Report of the King Institute of Preventive Medicine, Guindy
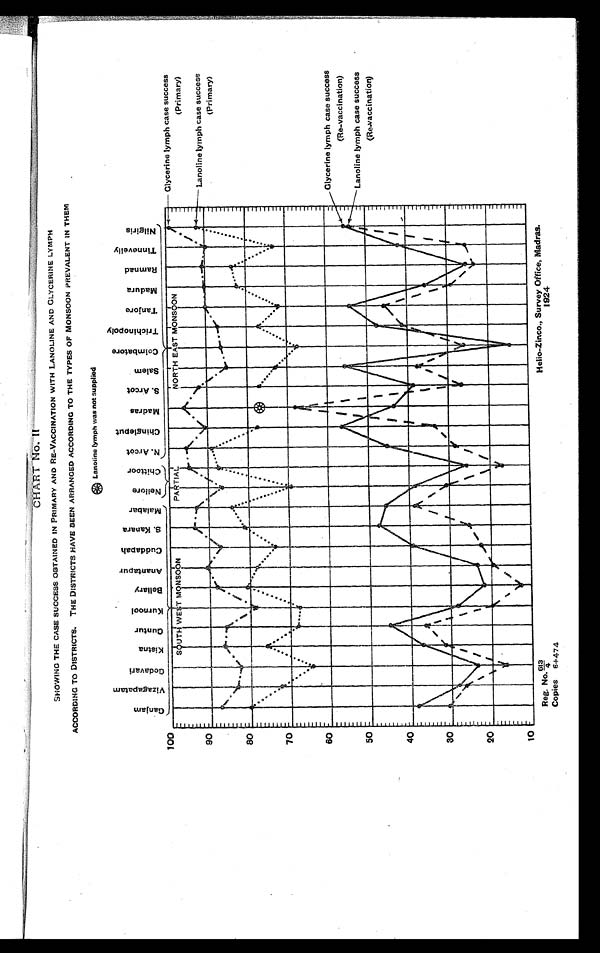
Helio-Zinco., Survey Office, Madras.
1924
CHART NO.II
SHOWING THE CASE SUCCESS OBTAINED IN PRIMARY AND RE-VACCINATION WITH LANOLINE AND GLYCERINE LYMPH
ACCORDING TO DISTRICTS. THE DISTRICTS HAVE BEEN ARRANGED ACCORDING TO THE TYPES OF MONSOON PREVALENT IN THEM
* L a n o l i n e l y m p h w a s n o t s u p p l i e d
Reg. No.
6 1 3 / 4
Copies 6+474